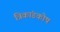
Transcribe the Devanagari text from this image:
त्रिकांडकोष